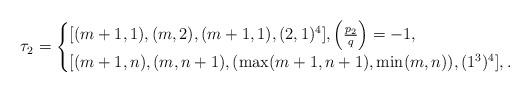
LaTeX: \begin{align*}\tau_2=\begin{cases}\lbrack (m+1,1),(m,2),(m+1,1),(2,1)^4\rbrack,\left(\frac{p_2}{q}\right)=-1, \\\lbrack (m+1,n),(m,n+1),(\max(m+1,n+1),\min(m,n)),(1^3)^4\rbrack,.\end{cases}\end{align*}